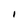
Character: I